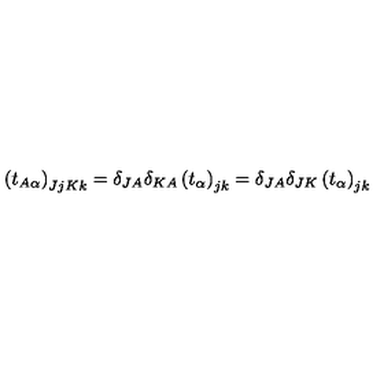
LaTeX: \left( t _ { A \alpha } \right) _ { J j K k } = \delta _ { J A } \delta _ { K A } \left( t _ { \alpha } \right) _ { j k } = \delta _ { J A } \delta _ { J K } \left( t _ { \alpha } \right) _ { j k }